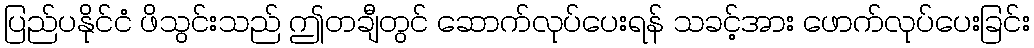
ပြည်ပနိုင်ငံ ဖိသွင်းသည် ဤတချီတွင် ဆောက်လုပ်ပေးရန် သခင့်အား ဖောက်လုပ်ပေးခြင်း